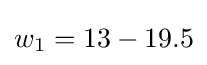
w_{1}=13-19.5